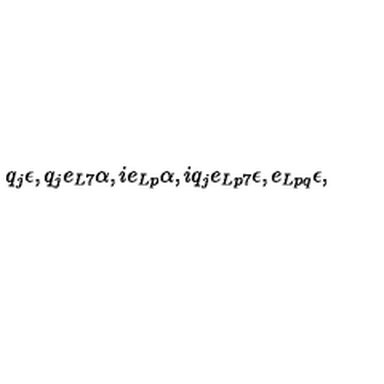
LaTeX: q _ { j } \epsilon , q _ { j } e _ { L 7 } \alpha , i e _ { L p } \alpha , i q _ { j } e _ { L p 7 } \epsilon , e _ { L p q } \epsilon ,